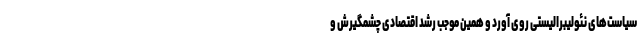
سیاست‌های نئولیبرالیستی روی آورد و همین موجب رشد اقتصادی چشمگیرش و